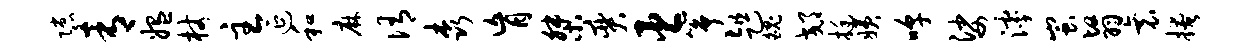
隙青媪杖主延和麻侑森肓桀奕臣筝趄魄郊挺姨嗥娑滹蚩翳衰掩